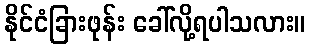
နိုင်ငံခြားဖုန်း ခေါ်လို့ရပါသလား။